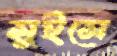
সুইসে